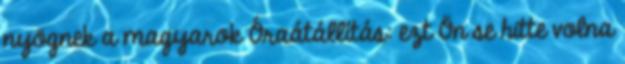
nyögnek a magyarok Óraátállítás: ezt Ön se hitte volna